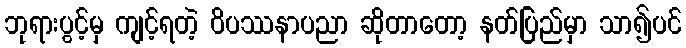
ဘုရားပွင့်မှ ကျင့်ရတဲ့ ဝိပဿနာပညာ ဆိုတာတော့ နတ်ပြည်မှာ သာ၍ပင်